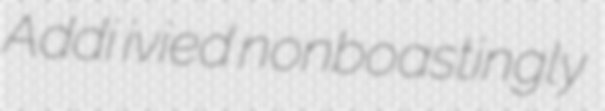
Addi ivied nonboastingly